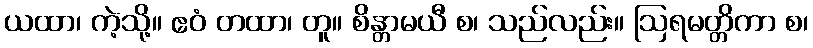
ယထာ၊ ကဲ့သို့။ ဧဝံ တထာ၊ တူ။ စိန္တာမယီ စ၊ သည်လည်း။ ဩရမတ္တိကာ စ၊